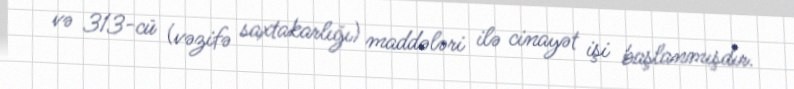
və 313-cü (vəzifə saxtakarlığı) maddələri ilə cinayət işi başlanmışdır.